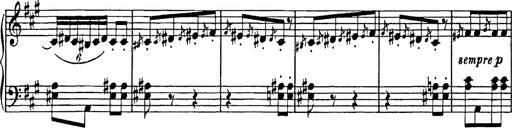
Title: Mephisto Polka
Composer: Franz Liszt